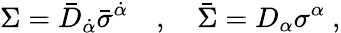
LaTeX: \Sigma=\bar{D}_{\dot{\alpha}}\bar{\sigma}^{\dot{\alpha}}~~~~,~~~~\bar{\Sigma}=D_{\alpha}\sigma^{\alpha}\ ,